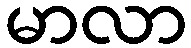
မာလာ